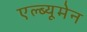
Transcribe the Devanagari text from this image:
एल्ब्यूमेन